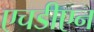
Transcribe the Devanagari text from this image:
एचडीएन